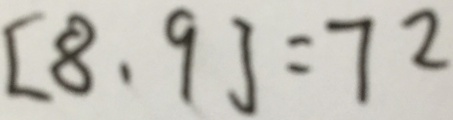
[ 8 , 9 ] = 7 2